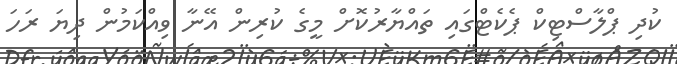
ކުދި ޕްލާސްޓިކް ޕެެކެޓްގައި ތައްޔާރުކޮށް މީގެ ކުރިން އޭނާ ވިއްކަމުން ދިޔަ ރަހަ